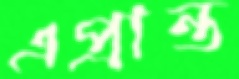
এপ্রান্ত